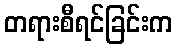
တရားစီရင်ခြင်းက